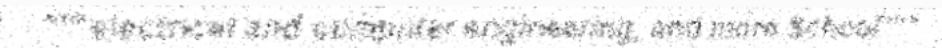
"""electrical and computer engineering, and more.School"""